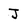
Character: J